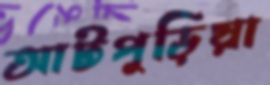
আটপুড়িয়া